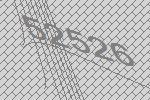
52526